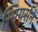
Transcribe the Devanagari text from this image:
स्पियर्सने